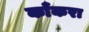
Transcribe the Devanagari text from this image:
काँकरा